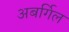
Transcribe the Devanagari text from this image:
अबर्गिल